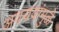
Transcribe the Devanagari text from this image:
अवयवांमुळे